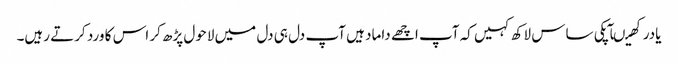
یادرکھیںآپکی ساس لاکھ کہیں کہ آپ اچھے داماد ہیں آپ دل ہی دل میں لاحول پڑھ کر اس کا ورد کرتے رہیں۔